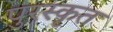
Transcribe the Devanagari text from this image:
पुरस्‍कृत